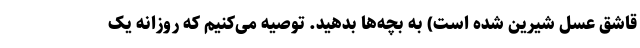
قاشق عسل شیرین شده است) به بچه‌ها بدهید. توصیه می‌کنیم که روزانه یک